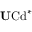
\mathrm { { \bf U } C d } ^ { * }